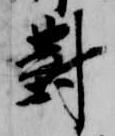
対